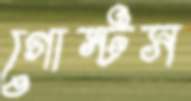
গোস্টস